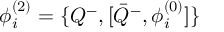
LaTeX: \phi _ { i } ^ { ( 2 ) } = \{ Q ^ { - } , [ { \bar { Q } } ^ { - } , \phi _ { i } ^ { ( 0 ) } ] \}